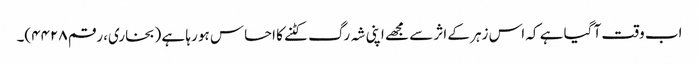
اب وقت آ گیا ہے کہ اس زہر کے اثر سے مجھے اپنی شہ رگ کٹنے کا احساس ہو رہا ہے (بخاری، رقم ۴۴۲۸)۔